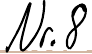
Nr. 8